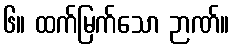
၆။ ထက်မြက်သော ဉာဏ်။